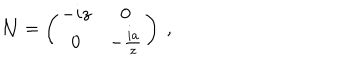
LaTeX: { \cal N } = \left( \begin{matrix} { { - i z } } & { { 0 } } \\ { { 0 } } & { { - \frac { i a } { z } } } \\ \end{matrix} \right) \ ,